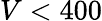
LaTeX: V<400